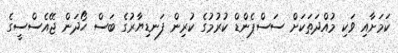
ކަމަށާއި ވަކި މުއްދަތަކަށް ސަސްޕެންޑް ކުރުމުގެ ކުރިން ފަނޑިޔާރުގެ ބަސް ހޯދަން ޖޭއެސްސީގެ